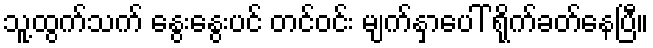
သူ့ထွက်သက် နွေးနွေးပင် တင်ဝင်း မျက်နှာပေါ် ရိုက်ခတ်နေပြီ။